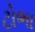
ટોભા